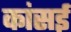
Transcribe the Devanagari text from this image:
कांसई